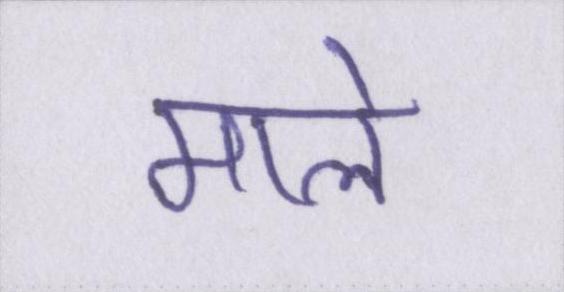
माले